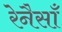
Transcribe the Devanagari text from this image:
रेनैसाँ